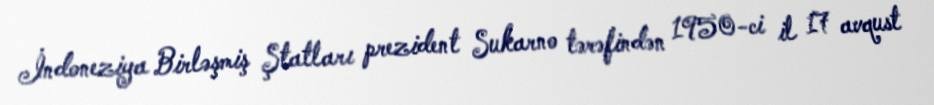
İndoneziya Birləşmiş Ştatları prezident Sukarno tərəfindən 1950-ci il 17 avqust